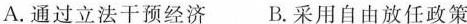
A.通过立法干预经济 B.采用自由放任政策